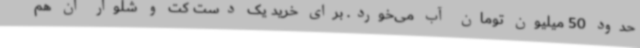
حدود 50 میلیون تومان آب می‌خورد. برای خرید یک دست کت و شلوار آن هم